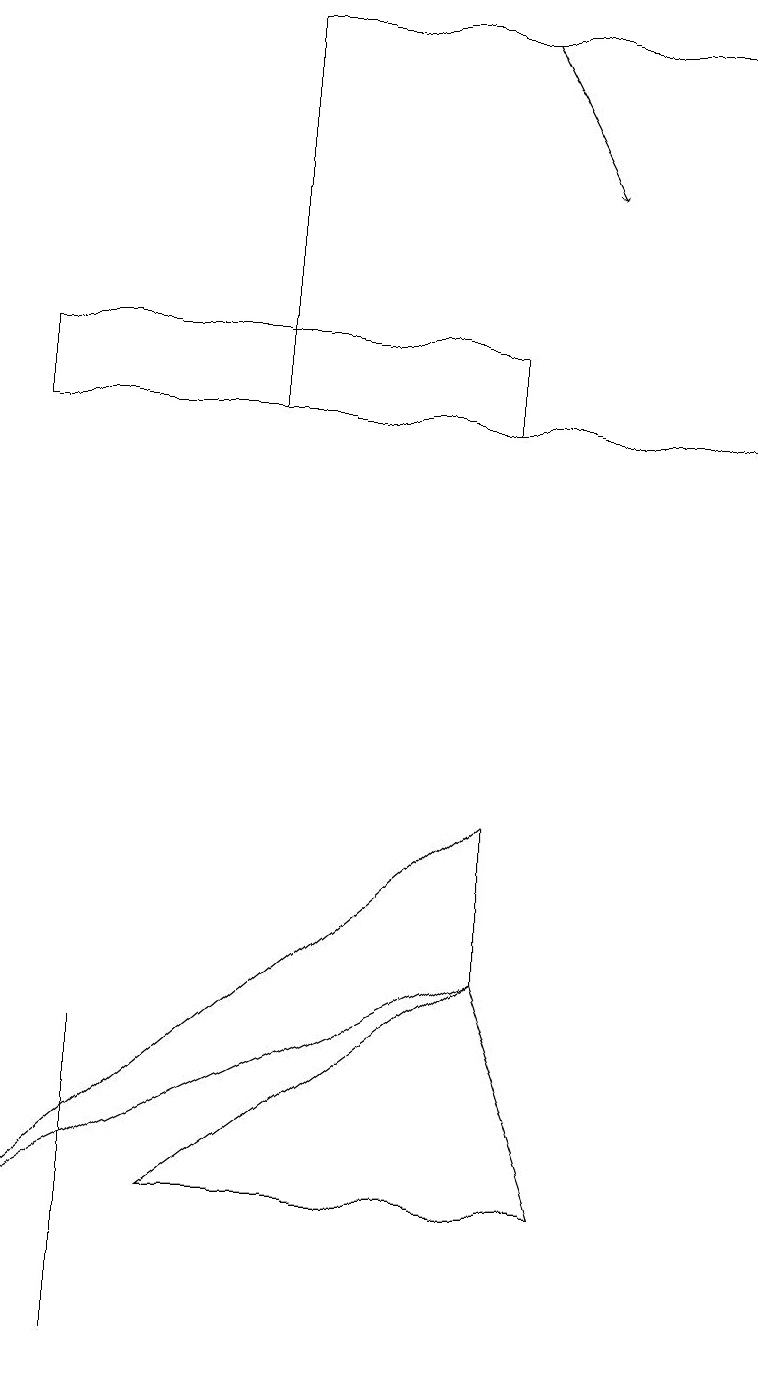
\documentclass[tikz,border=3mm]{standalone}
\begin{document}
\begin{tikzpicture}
\draw[->] (6,18) -- (7,16);
\draw (3,13) rectangle (9,18);
\draw (6,14) rectangle (0,13);
\draw (2,3) -- (7,3) -- (6,6) -- cycle;
\draw (1,1) -- (1,3) -- (1,5) -- cycle;
\draw (0,3) -- (6,6) -- (6,8) -- cycle;
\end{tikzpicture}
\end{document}